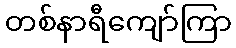
တစ်နာရီကျော်ကြာ